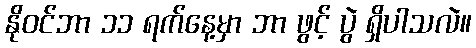
နိုဝင်ဘာ ၁၁ ရက်နေ့မှာ ဘာ ဖွင့် ပွဲ ရှိပါသလဲ။